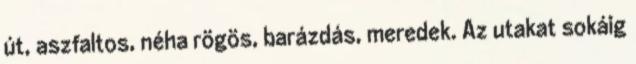
út, aszfaltos, néha rögös, barázdás, meredek. Az utakat sokáig